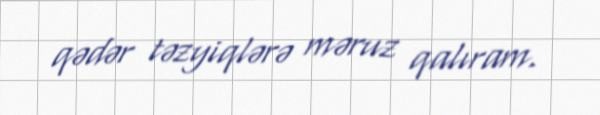
qədər təzyiqlərə məruz qalıram.